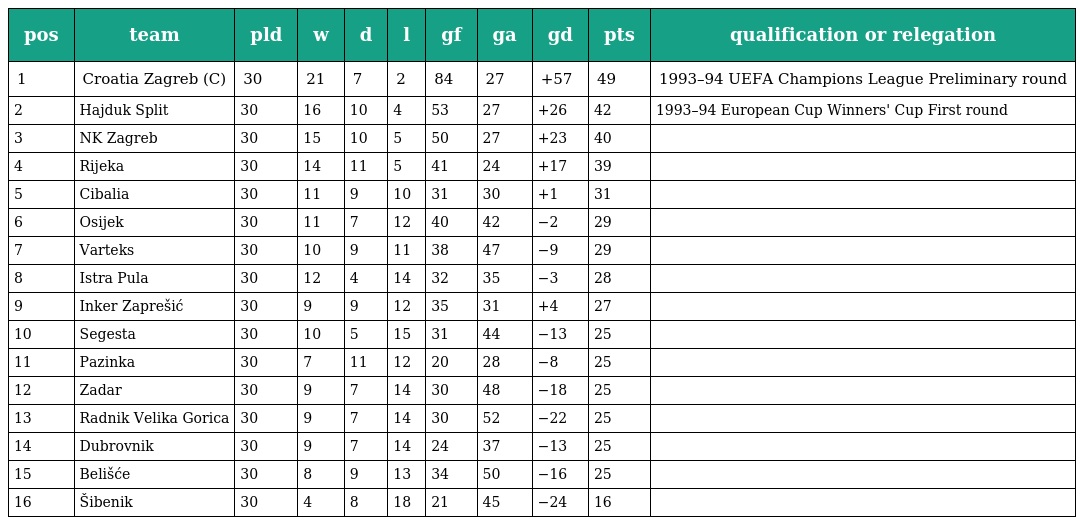
| pos | team | pld | w | d | l | gf | ga | gd | pts | qualification or relegation |
 | --- | --- | --- | --- | --- | --- | --- | --- | --- | --- | --- |
 | 1 | Croatia Zagreb (C) | 30 | 21 | 7 | 2 | 84 | 27 | +57 | 49 | 1993–94 UEFA Champions League Preliminary round |
 | 2 | Hajduk Split | 30 | 16 | 10 | 4 | 53 | 27 | +26 | 42 | 1993–94 European Cup Winners' Cup First round |
 | 3 | NK Zagreb | 30 | 15 | 10 | 5 | 50 | 27 | +23 | 40 |  |
 | 4 | Rijeka | 30 | 14 | 11 | 5 | 41 | 24 | +17 | 39 |  |
 | 5 | Cibalia | 30 | 11 | 9 | 10 | 31 | 30 | +1 | 31 |  |
 | 6 | Osijek | 30 | 11 | 7 | 12 | 40 | 42 | −2 | 29 |  |
 | 7 | Varteks | 30 | 10 | 9 | 11 | 38 | 47 | −9 | 29 |  |
 | 8 | Istra Pula | 30 | 12 | 4 | 14 | 32 | 35 | −3 | 28 |  |
 | 9 | Inker Zaprešić | 30 | 9 | 9 | 12 | 35 | 31 | +4 | 27 |  |
 | 10 | Segesta | 30 | 10 | 5 | 15 | 31 | 44 | −13 | 25 |  |
 | 11 | Pazinka | 30 | 7 | 11 | 12 | 20 | 28 | −8 | 25 |  |
 | 12 | Zadar | 30 | 9 | 7 | 14 | 30 | 48 | −18 | 25 |  |
 | 13 | Radnik Velika Gorica | 30 | 9 | 7 | 14 | 30 | 52 | −22 | 25 |  |
 | 14 | Dubrovnik | 30 | 9 | 7 | 14 | 24 | 37 | −13 | 25 |  |
 | 15 | Belišće | 30 | 8 | 9 | 13 | 34 | 50 | −16 | 25 |  |
 | 16 | Šibenik | 30 | 4 | 8 | 18 | 21 | 45 | −24 | 16 |  |